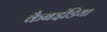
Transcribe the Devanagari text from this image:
कैबइंडिया